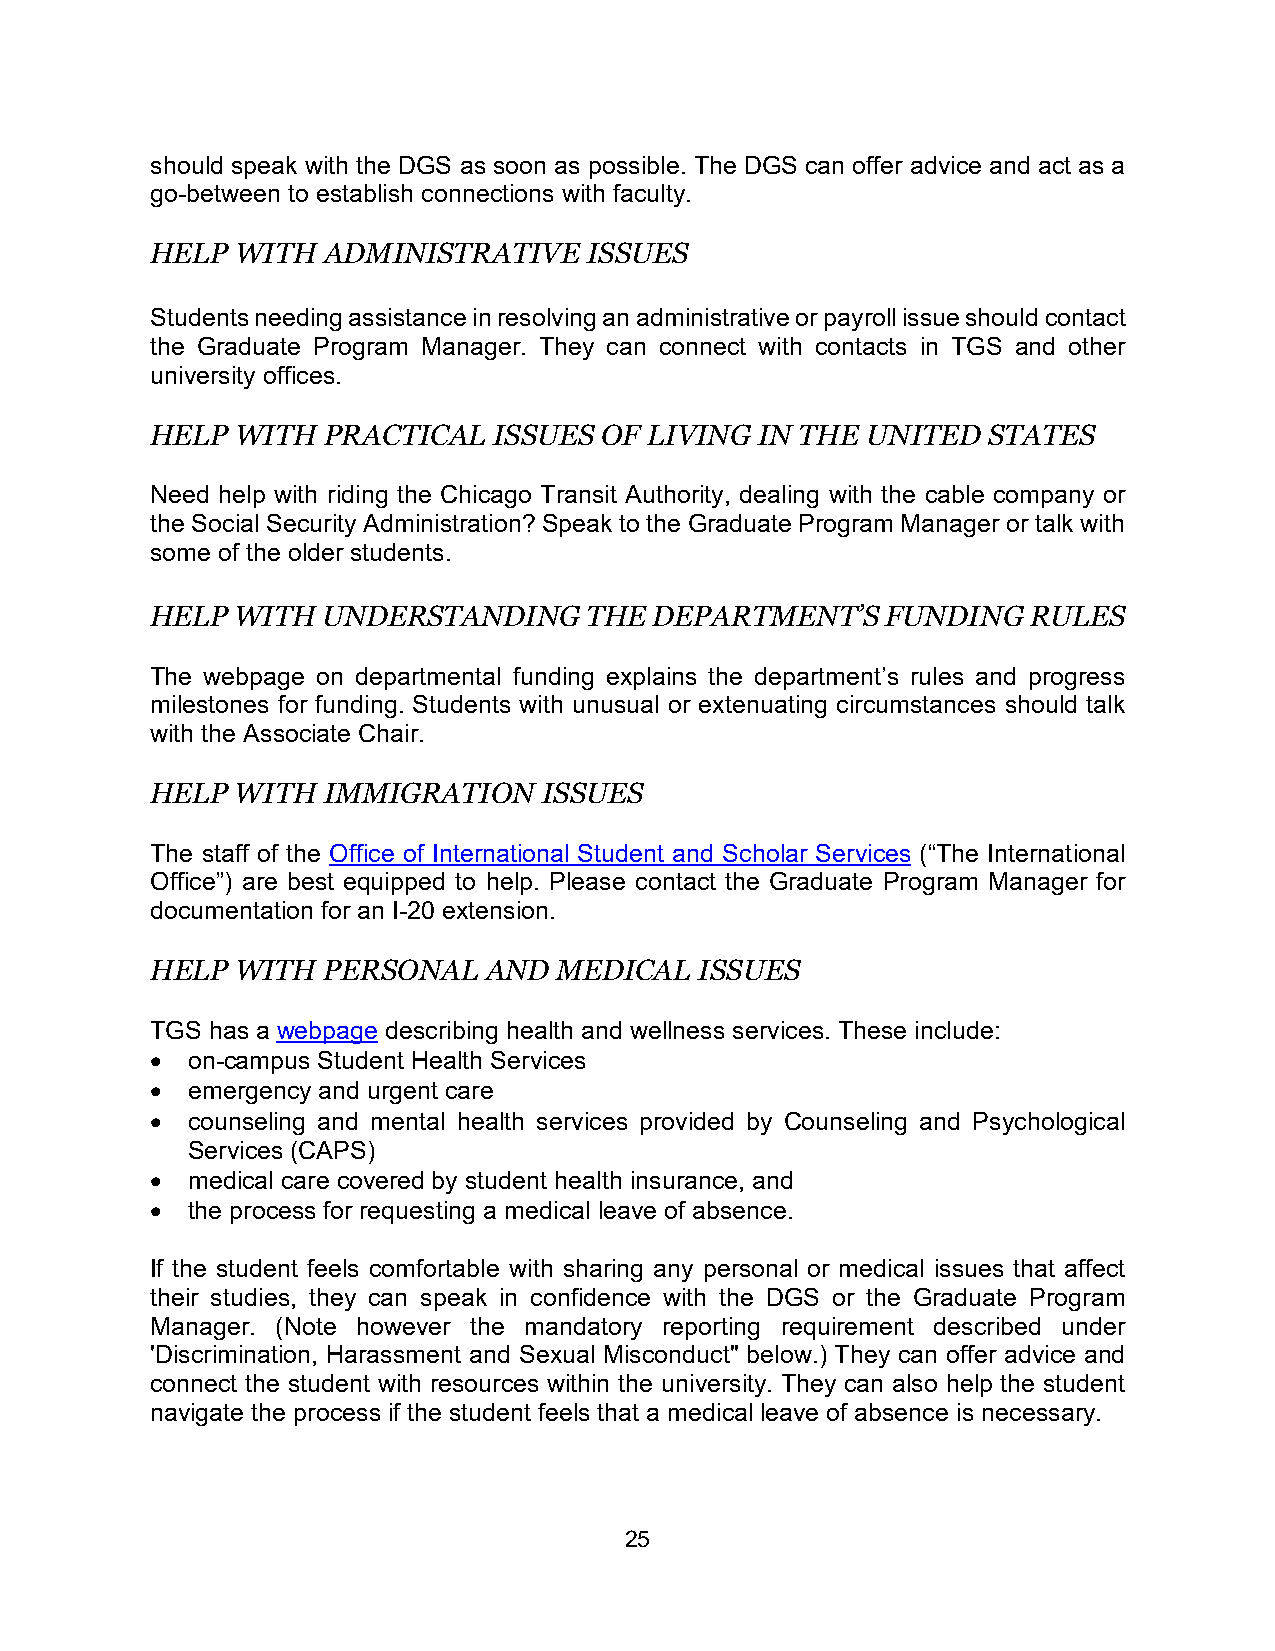
should speak with the DGS as soon as possible. The DGS can offer advice and act as a
 go-between to establish connections with faculty.
 HELP  WITH ADMINISTRATIVE    ISSUES
 Students needing assistance in resolving an administrative or payroll issue should contact
 the Graduate Program Manager. They can connect with contacts in TGS and other
 university offices.
 HELP  WITH PRACTICAL   ISSUES OF LIVING IN THE UNITED  STATES
 Need help with riding the Chicago Transit Authority, dealing with the cable company or
 the Social Security Administration? Speak to the Graduate Program Manager or talk with
 some of the older students.
 HELP  WITH UNDERSTANDING     THE DEPARTMENT’S    FUNDING  RULES
 The webpage on departmental funding explains the department’s rules and progress
 milestones for funding. Students with unusual or extenuating circumstances should talk
 with the Associate Chair.
 HELP  WITH IMMIGRATION    ISSUES
 The staff of the Office of International Student and Scholar Services (“The International
 Office”) are best equipped to help. Please contact the Graduate Program Manager for
 documentation for an I-20 extension.
 HELP  WITH PERSONAL   AND  MEDICAL  ISSUES
 TGS has a webpage describing health and wellness services. These include:
 • on-campus Student Health Services
 • emergency and urgent care
 • counseling and mental health services provided by Counseling and Psychological
 Services (CAPS)
 • medical care covered by student health insurance, and
 • the process for requesting a medical leave of absence.
 If the student feels comfortable with sharing any personal or medical issues that affect
 their studies, they can speak in confidence with the DGS or the Graduate Program
 Manager. (Note however the mandatory reporting requirement described under
 'Discrimination, Harassment and Sexual Misconduct" below.) They can offer advice and
 connect the student with resources within the university. They can also help the student
 navigate the process if the student feels that a medical leave of absence is necessary.
 25